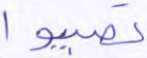
تصيبوا